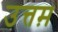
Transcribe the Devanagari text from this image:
उत्तम़